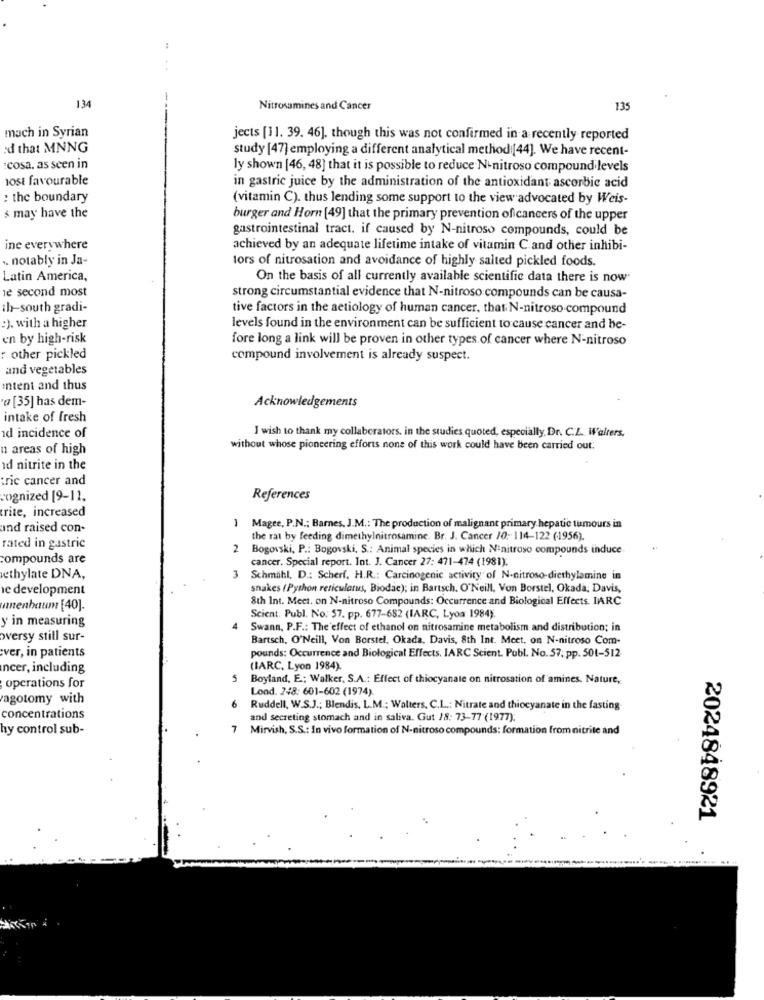
:
134
Nitrosamines and Cancer
135
mach in Syrian
jects [11. 39. 46], though this was not confirmed in a recently reported
ed that MNNG
study [47] employing a different analytical method:[44]. We have recent-
:cosa. as seen in
ly shown [46, 48] that it is possible to reduce N-nitroso compound levels
10st favourable
in gastric juice by the administration of the antioxidant ascorbic acid
: the boundary
(vitamin C). thus lending some support to the view advocated by Weis-
s may have the
burger and Horn (49] that the primary prevention oficancers of the upper
gastrointestinal tract. if caused by N-nitroso compounds, could be
ine everywhere
achieved by an adequate lifetime intake of vitamin C and other inhibi-
. notably in Ja-
lors of nitrosation and avoidance of highly salted pickled foods
Latin America,
On the basis of all currently available scientific data there is now'
è second most
strong circumstantial evidence that N-nitroso compounds can be causa-
ih-south gradi-
tive factors in the aetiology of human cancer, that N-nitroso compound
:). with a higher
levels found in the environment can be sufficient to cause cancer and be-
en by high-risk
fore long a link will be proven in other types of cancer where N-nitroso
other pickled
compound involvement is already suspect.
and vegetables
intent and thus
' [35] has dem-
Acknowledgements
intake of fresh
I wish to thank my collaborators. in the studies quoted, especially, Dr. C.L. Walters,
id incidence of
u areas of high
without whose pioneering efforts none of this work could have been carried out:
id nitrite in the
tric cancer and
cognized [9-11,
References
rite, increased
and raised con-
1 Magee, P.N .: Barnes, J.M .: The production of malignant primary hepatic tumours in
the rat by feeding dimethylnitrosamine. Br. J. Cancer /0: 114-122 (1956).
rated in gastric
2
Bogowski, P .: Bogovski, S .: Animal species in which N'nitroso compounds induce
compounds are
cancer. Special report. Int. J. Cancer 27: 471-474 (1981).
wethylate DNA,
3 Schmihl, D .: Scherf. H.R .: Carcinogenic activity of N-nitroso-diethylamine in
le development
snakes ( Python reticularus, Biodac); in Bartsch. O'Neill, Von Borstel, Okada; Davis,
8th Int. Meet. on N-nitroso Compounds: Occurrence and Biological Effects. IARC
umnenbaum [40].
Scient. Publ. No: 57. pp. 677-682 (IARC, Lyoa 1984).
y in measuring
4
Swann, P.F .: The effect of ethanol on nitrosamine metabolism and distribution; in
wersy still sur-
Bartsch, O'Neill, Von Borstel, Okada, Davis, 8th Int. Meet, on N-nitroso Com-
ver, in patients
pounds: Occurrence and Biological Effects. IARC Scient. Publ. No.57; pp. 501-512
Incer, including
(IARC, Lyon 1984).
5 Boyland, E .; Walker, S.A .: Effect of thiocyanale on nitrosation of amines. Nature,
operations for
Lond. 248; 601-602 (1974).
Pagotomy with
6
Ruddell, W.S.J .; Blendis. L.M .; Walters, C.L .: Nitrate and thiocyanate in the fasting-
concentrations
and secreting stomach and in saliva. Gut /8: 73-77 (1977);
hy control sub-
7 Mirvish, S.S .: In vivo formation of N-nitroso compounds: formation from nitrite and
2024848921